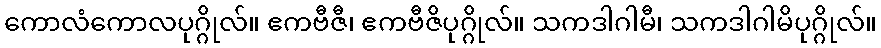
ကောလံကောလပုဂ္ဂိုလ်။ ဧကဗီဇီ၊ ဧကဗီဇိပုဂ္ဂိုလ်။ သကဒါဂါမီ၊ သကဒါဂါမိပုဂ္ဂိုလ်။